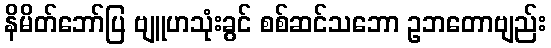
နိမိတ်ဘော်ပြ ဗျူဟသုံးခွင် စစ်ဆင်သဘော ဥဘတောဗျည်း